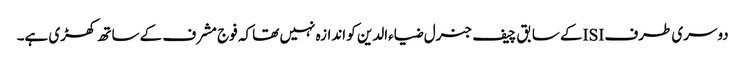
دوسری طرف ISIکے سابق چیف جنرل ضیاءالدین کو اندازہ نہیں تھا کہ فوج مشرف کے ساتھ کھڑی ہے۔